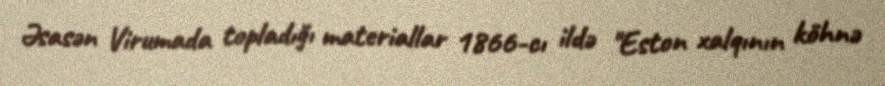
Əsasən Virumada topladığı materiallar 1866-cı ildə "Eston xalqının köhnə